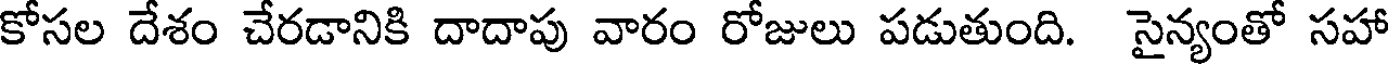
కోసల దేశం చేరడానికి దాదాపు వారం రోజులు పడుతుంది. సైన్యంతో సహా